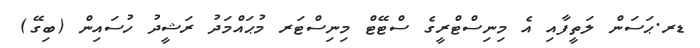
ޑރ.ޙަސަން ލަތީފާއި އެ މިނިސްޓްރީގެ ސްޓޭޓް މިނިސްޓަރ މުޙައްމަދު ރަޝީދު ހުސައިން (ބިގޭ)